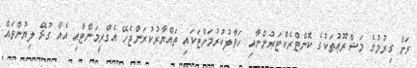
ރަށް ގިރުމުގެ މަޝްރޫޢުތަކުގެ ކޮންޓްރެކްޓަރުންނާއި ހަވާލުކުރުމަށްޓަކައި ތައްޔާރުކުރަންޖެހޭ އެގްރީމަންޓާއި އެއާ ގުޅޭ ލިޔުންތައް